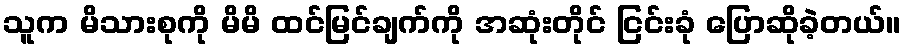
သူက မိသားစုကို မိမိ ထင်မြင်ချက်ကို အဆုံးတိုင် ငြင်းခုံ ပြောဆိုခဲ့တယ်။